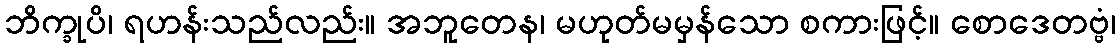
ဘိက္ခုပိ၊ ရဟန်းသည်လည်း။ အဘူတေန၊ မဟုတ်မမှန်သော စကားဖြင့်။ စောဒေတဗ္ဗံ၊